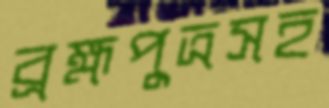
ব্রহ্মপুত্রসহ